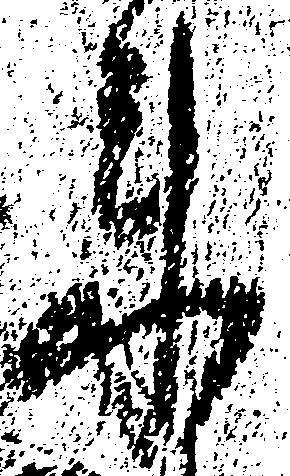
来